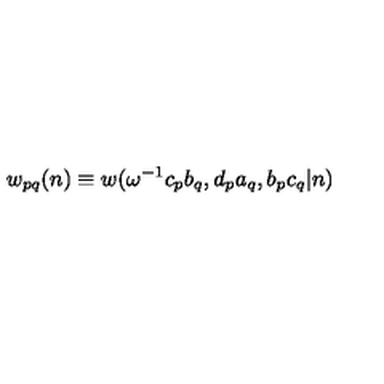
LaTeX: w _ { p q } ( n ) \equiv w ( \omega ^ { - 1 } c _ { p } b _ { q } , d _ { p } a _ { q } , b _ { p } c _ { q } | n )